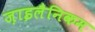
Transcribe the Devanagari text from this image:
ज़ाइलैनिकम